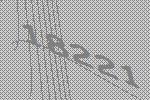
18221